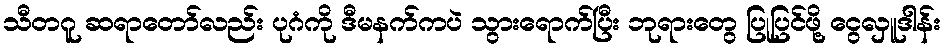
သီတဂူ ဆရာတော်လည်း ပုဂံကို ဒီမနက်ကပဲ သွားရောက်ပြီး ဘုရားတွေ ပြုပြင်ဖို့ ငွေလှူဒါန်း